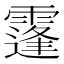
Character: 𩅛